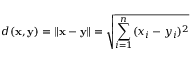
d ( \mathbf { x } , \mathbf { y } ) = \| \mathbf { x } - \mathbf { y } \| = { \sqrt { \sum _ { i = 1 } ^ { n } ( x _ { i } - y _ { i } ) ^ { 2 } } }